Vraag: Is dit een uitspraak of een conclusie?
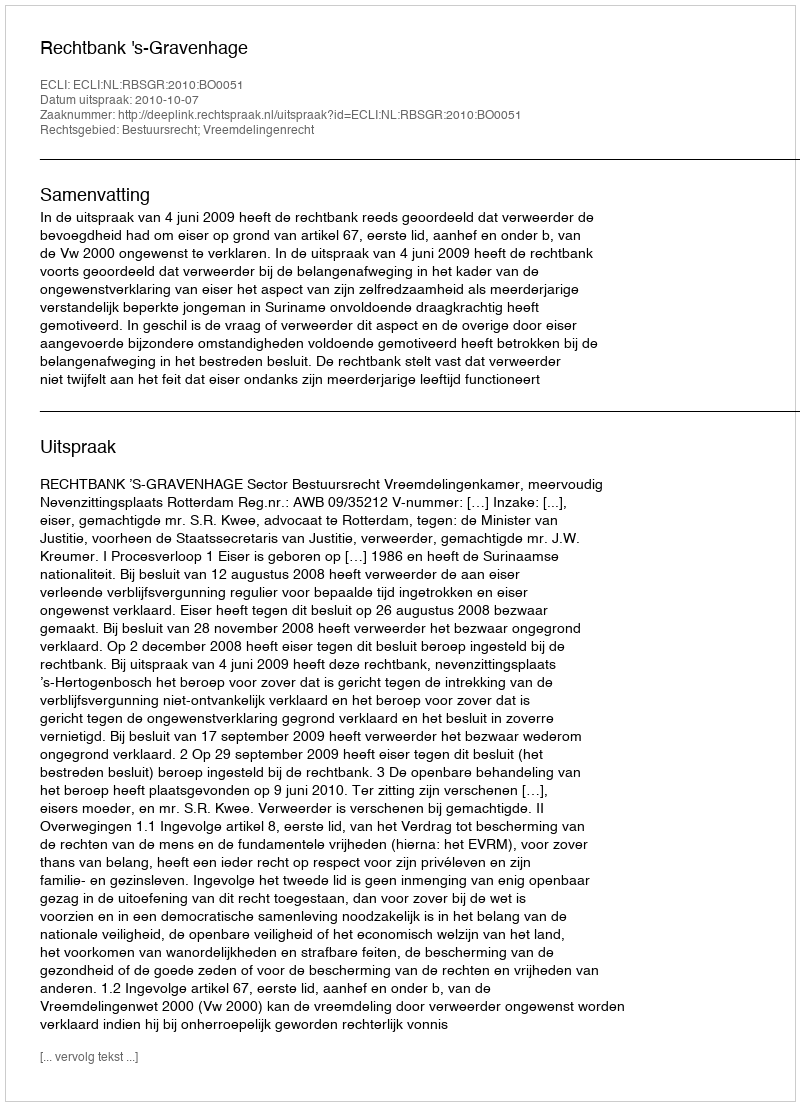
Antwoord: Uitspraak